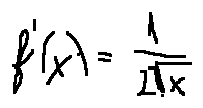
f ^ { \prime } ( x ) = \frac { 1 } { 2 \sqrt { x } }